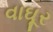
વાઘૂર